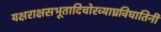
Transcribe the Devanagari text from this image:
यक्षराक्षसभूतादिचोरव्याघ्रविघातिनी